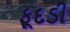
ફૂદડી